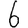
Digit: 6